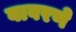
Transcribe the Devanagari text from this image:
वावरणे